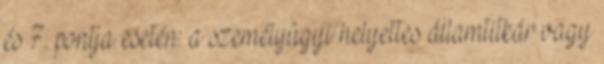
és 7. pontja esetén: a személyügyi helyettes államtitkár vagy